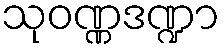
သုဝဏ္ဏဒဏ္ဍာ